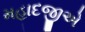
મહાદજીએ